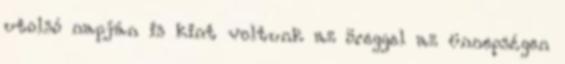
utolsó napján is kint voltunk az öreggel az ünnepségen